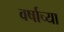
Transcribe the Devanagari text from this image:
वर्षाच्‍या